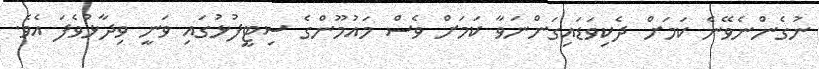
ނުގެންނެވޭނެ ކަމަށް ދެކިވަޑައިގަންނަވާ ކަމަށް ވެސް މައުމޫންގެ ސިޓީފުޅުގައި ވަނީ ވިދާޅުވެފަ އެވެ.